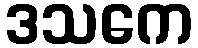
ဒသကေ